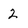
Character: 2